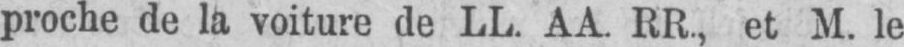
proche de la voiture de LL. AA RR, et M. le